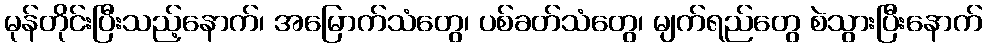
မုန်တိုင်းပြီးသည့်နောက်၊ အမြောက်သံတွေ၊ ပစ်ခတ်သံတွေ၊ မျက်ရည်တွေ စဲသွားပြီးနောက်